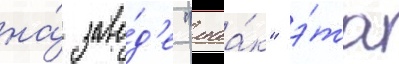
на́ заво́д'е "маа́к" э́та